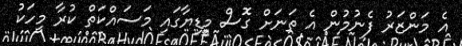
އެ މަންޒަރު ފެނުމުން އެ ތަނަށް ގޮސް މީޑިޔާގައި މަސައްކަތް ކުރާ މީހަކު